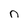
Character: n